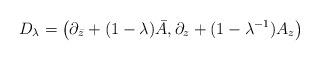
LaTeX: \begin{align*}D_{\lambda}=\left( {\partial_{\bar z}+(1-\lambda ){\bar A},\partial _z+(1-\lambda^{-1})A_z} \right)\end{align*}